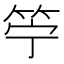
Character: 䇡